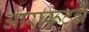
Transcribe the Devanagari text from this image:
आरारूटचे